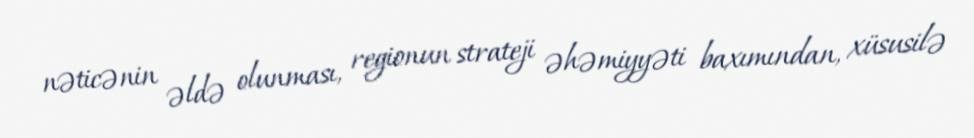
nəticənin əldə olunması, regionun strateji əhəmiyyəti baxımından, xüsusilə